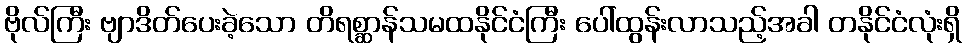
ဗိုလ်ကြီး ဗျာဒိတ်ပေးခဲ့သော တိရစ္ဆာန်သမထနိုင်ငံကြီး ပေါ်ထွန်းလာသည့်အခါ တနိုင်ငံလုံးရှိ